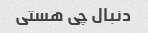
دنبال چی هستی